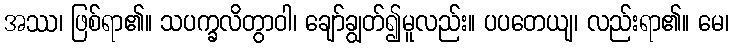
အဿ၊ ဖြစ်ရာ၏။ သပက္ခလိတွာဝါ၊ ချော်ချွတ်၍မူလည်း။ ပပတေယျ၊ လည်းရာ၏။ မေ၊